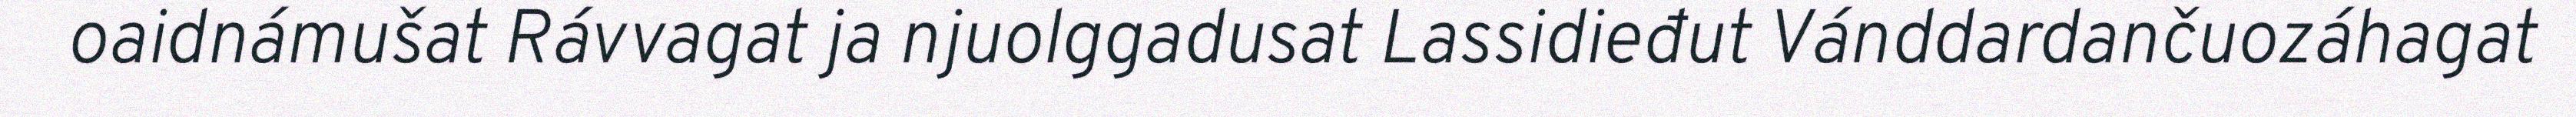
oaidnámušat Rávvagat ja njuolggadusat Lassidieđut Vánddardančuozáhagat